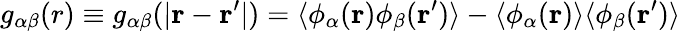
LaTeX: g_{\alpha\beta}(r)\equiv g_{\alpha\beta}(|\mathbf{r}-\mathbf{r}^{\prime}|)=\langle\phi_{\alpha}(\mathbf{r})\phi_{\beta}(\mathbf{r}^{\prime})\rangle-\langle\phi_{\alpha}(\mathbf{r})\rangle\langle\phi_{\beta}(\mathbf{r}^{\prime})\rangle